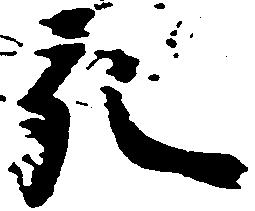
宛